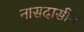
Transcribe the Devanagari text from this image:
नासदासीन